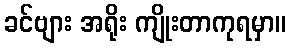
ခင်ဗျား အရိုး ကျိုးတာကုရမှာ။